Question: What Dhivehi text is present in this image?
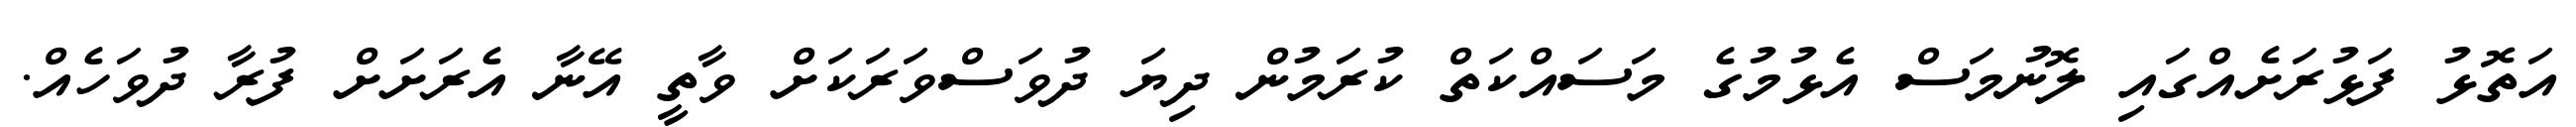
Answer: އަތޮޅު ފަޅުރަށެއްގައި ލޮނުމަސް އެޅުމުގެ މަސައްކަތް ކުރަމުން ދިޔަ ދުވަސްވަރަކަށް ވާތީ އޭނާ އެރަށަށް ފުރާ ދުވަހެއް.